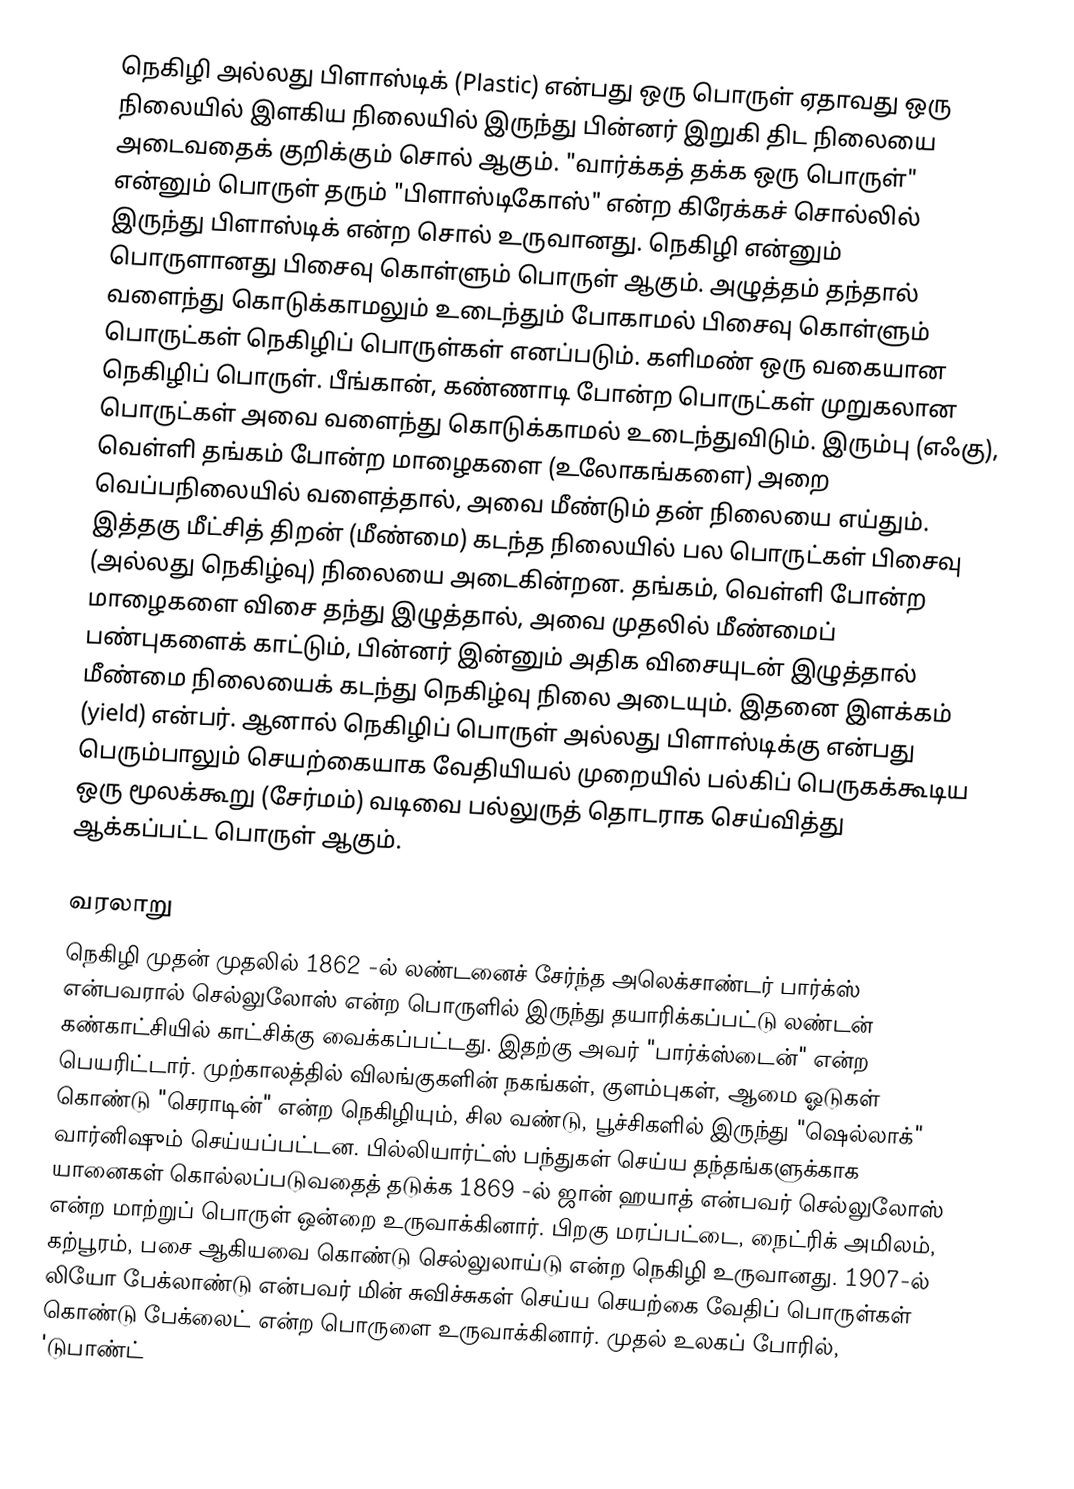
நெகிழி அல்லது பிளாஸ்டிக்  (Plastic)  என்பது ஒரு பொருள் ஏதாவது ஒரு நிலையில் இளகிய நிலையில் இருந்து பின்னர் இறுகி திட நிலையை அடைவதைக் குறிக்கும் சொல் ஆகும். "வார்க்கத் தக்க ஒரு பொருள்" என்னும் பொருள் தரும் "பிளாஸ்டிகோஸ்" என்ற கிரேக்கச் சொல்லில் இருந்து பிளாஸ்டிக் என்ற சொல் உருவானது. நெகிழி என்னும் பொருளானது பிசைவு கொள்ளும் பொருள் ஆகும். அழுத்தம் தந்தால் வளைந்து கொடுக்காமலும் உடைந்தும் போகாமல் பிசைவு கொள்ளும் பொருட்கள் நெகிழிப் பொருள்கள் எனப்படும். களிமண் ஒரு வகையான நெகிழிப் பொருள். பீங்கான், கண்ணாடி போன்ற பொருட்கள் முறுகலான பொருட்கள் அவை வளைந்து கொடுக்காமல் உடைந்துவிடும். இரும்பு (எஃகு), வெள்ளி தங்கம் போன்ற மாழைகளை (உலோகங்களை) அறை வெப்பநிலையில் வளைத்தால், அவை மீண்டும் தன் நிலையை எய்தும். இத்தகு மீட்சித் திறன் (மீண்மை) கடந்த நிலையில் பல பொருட்கள் பிசைவு (அல்லது நெகிழ்வு) நிலையை அடைகின்றன. தங்கம், வெள்ளி போன்ற மாழைகளை விசை தந்து இழுத்தால், அவை முதலில் மீண்மைப் பண்புகளைக் காட்டும், பின்னர் இன்னும் அதிக விசையுடன் இழுத்தால் மீண்மை நிலையைக் கடந்து நெகிழ்வு நிலை அடையும். இதனை இளக்கம் (yield) என்பர். ஆனால் நெகிழிப் பொருள் அல்லது பிளாஸ்டிக்கு என்பது பெரும்பாலும் செயற்கையாக வேதியியல் முறையில் பல்கிப் பெருகக்கூடிய ஒரு மூலக்கூறு (சேர்மம்) வடிவை பல்லுருத் தொடராக செய்வித்து ஆக்கப்பட்ட பொருள் ஆகும்.

வரலாறு
நெகிழி முதன் முதலில் 1862 -ல் லண்டனைச் சேர்ந்த அலெக்சாண்டர் பார்க்ஸ் என்பவரால் செல்லுலோஸ் என்ற பொருளில் இருந்து தயாரிக்கப்பட்டு லண்டன் கண்காட்சியில் காட்சிக்கு வைக்கப்பட்டது. இதற்கு அவர் "பார்க்ஸ்டைன்" என்ற பெயரிட்டார். முற்காலத்தில் விலங்குகளின் நகங்கள், குளம்புகள், ஆமை ஓடுகள் கொண்டு "செராடின்" என்ற நெகிழியும், சில வண்டு, பூச்சிகளில் இருந்து "ஷெல்லாக்" வார்னிஷும் செய்யப்பட்டன. பில்லியார்ட்ஸ் பந்துகள் செய்ய தந்தங்களுக்காக யானைகள் கொல்லப்படுவதைத் தடுக்க 1869 -ல் ஜான் ஹயாத் என்பவர் செல்லுலோஸ் என்ற மாற்றுப் பொருள் ஒன்றை உருவாக்கினார். பிறகு மரப்பட்டை, நைட்ரிக் அமிலம், கற்பூரம், பசை ஆகியவை கொண்டு செல்லுலாய்டு என்ற நெகிழி உருவானது. 1907-ல் லியோ பேக்லாண்டு என்பவர் மின் சுவிச்சுகள் செய்ய செயற்கை வேதிப் பொருள்கள் கொண்டு பேக்லைட் என்ற பொருளை உருவாக்கினார். முதல் உலகப் போரில்,  'டுபாண்ட்